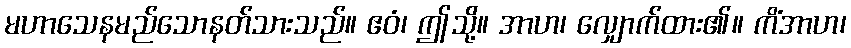
မဟာသေနမည်သောနတ်သားသည်။ ဧဝံ၊ ဤသို့။ အာဟ၊ လျှောက်ထား၏။ ကိံအာဟ၊